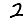
Digit: 2